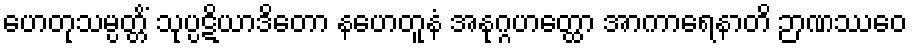
ဟေတုသမ္ပတ္တိံ သုပ္ပဋိယာဒိတော နဟေတူနံ အနုဂ္ဂဟတ္ထော အာကာရေနာတိ ဉာဏဿေဝ